Vaccine operations Central Provinces 1900-1911 - 1900-1911
Year: 1900
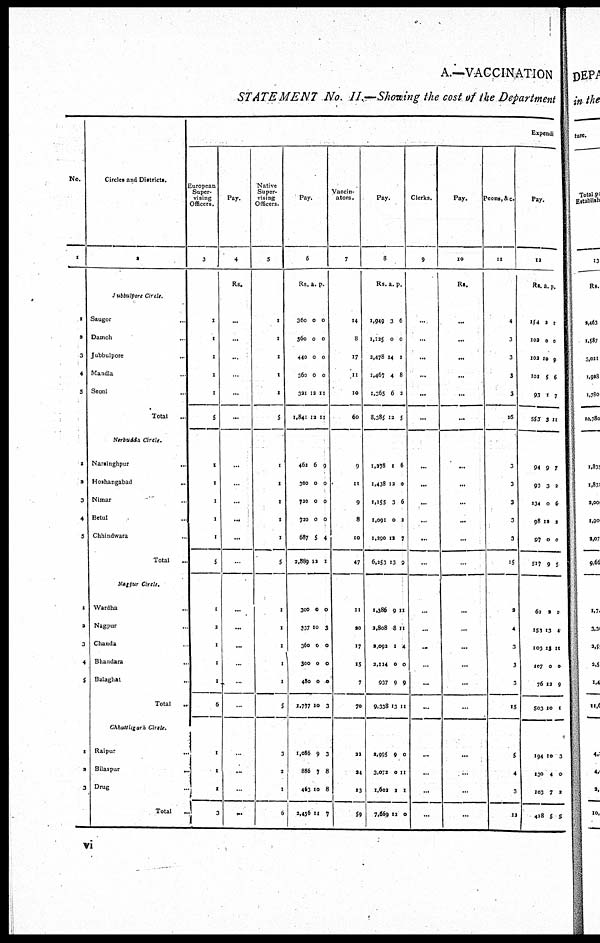
A.—VACCINATION
STATEMENT No. II.—Showing the cost of the Department
No.
1
1
2
3
4
5
1
2
3
4
5
1
2
3
4
5
1
2
3
Circlet and Districts.
2
Jubbulpore Circle.
Saugor
..
Damon
..
Jubbulpore ..
Mandla
..
Seoni ..
Total ..
Nirbudda Circle.
Narsinghpur
...
Hoshangabad ..
Nimar ..
Betul ...
Chhindwara ..
Total ...
Nagpur Circle.
Wardha ..
Nagpur ..
Chanda ..
Bhandara
..
Balaghat
..
Total
...
Chhatisgarh Circle.
Raipur
...
Bilaspur
...
Drug ...
Tot al ...
Expendi
European
Super-
vising
Officers.
3
1
1
I
1
1
5
1
1
1
1
1
5
1
2
1
1
1
6
1
1
1
1
Pay.
4
Rs.
...
...
...
...
...
...
...
...
...
...
...
..
...
...
...
...
...
...
..
...
..
...
Native
Super-
vising
Officers.
5
1
1
1
1
1
5
1
1
1
1
1
5
1
1
1
1
1
5
3
2
1
6
Pay.
6
Rs.
360
560
440
360
321
1,841
462
300
720
720
687
2,889
300
337
360
300
480
1,777
1,086
886
463
2,456
a.
0
0
0
0
12
12
6
0
0
0
5
12
0
10
0
0
0
10
9
7
10
11
p.
0
0
0
0
11
11
9
0
0
0
4
1
0
3
0
0
0
3
3
8
3
7
Vaccin-
ators.
7
14
8
17
11
10
60
9
11
9
8
10
47
11
20
17
15
7
70
22
24
13
59
Pay.
8
Rs.
1,949
1,125
2,478
1,467
1,365
8,385
1,278
1,438
1,155
1,091
1,290
6,253
1,386
2,808
2,092
2,114
937
9,338
2,995
3,072
1,902
7,669
a.
3
0
14
4
6
12
1
12
3
0
12
13
9
8
1
0
9
13
9
0
2
12
p.
6
0
1
8
2
5
6
0
6
2
7
9
11
11
4
0
9
11
0
11
1
0
Clerks.
9
...
...
...
...
...
...
...
...
...
...
...
...
...
...
...
...
...
...
...
...
...
...
Pay.
10
Rs.
...
...
...
...
...
...
...
...
...
...
...
...
...
...
...
...
...
...
...
...
...
...
Peons, &c.
11
4
3
3
3
3
16
3
3
3
3
3
15
2
4
3
3
3
15
5
4
3
12
Pay.
12
Rs.
154
102
102
101
93
553
94
93
134
98
97
517
62
153
103
107
76
503
194
130
103
428
a.
2
0
10
5
1
3
9
3
0
12
0
9
2
13
13
0
12
10
10
4
7
5
p.
1
0
9
6
7
11
7
2
6
2
0
5
1
4
11
0
9
1
3
0
2
5
vi